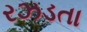
રઝડતા